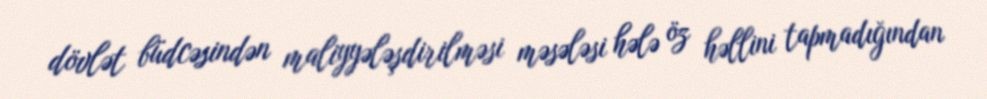
dövlət büdcəsindən maliyyələşdirilməsi məsələsi hələ öz həllini tapmadığından